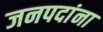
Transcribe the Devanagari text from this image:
जनपदांना